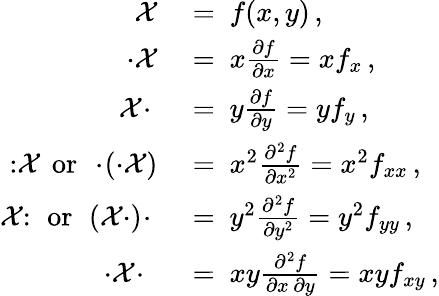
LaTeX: {\begin{array}{rl}{{\mathcal{X}}\ }&{=\ f(x,y)\, ,}\\ {\cdot{\mathcal{X}}\ }&{=\ x{\frac{\partial f}{\partial x}}=xf_{x}\, ,}\\ {{\mathcal{X}}\! \cdot\ }&{=\ y{\frac{\partial f}{\partial y}}=yf_{y}\, ,}\\ {\colon\! {\mathcal{X}}\, {\mathrm{~or~}}\, \cdot\! \left(\cdot{\mathcal{X}}\right)\ }&{=\ x^{2}{\frac{\partial^{2}f}{\partial x^{2}}}=x^{2}f_{xx}\, ,}\\ {{\mathcal{X}}\colon\, {\mathrm{~or~}}\, \left({\mathcal{X}}\cdot\right)\! \cdot\ }&{=\ y^{2}{\frac{\partial^{2}f}{\partial y^{2}}}=y^{2}f_{yy}\, ,}\\ {\cdot{\mathcal{X}}\! \cdot\ \ }&{=\ xy{\frac{\partial^{2}f}{\partial x\, \partial y}}=xyf_{xy}\, ,}\end{array}}